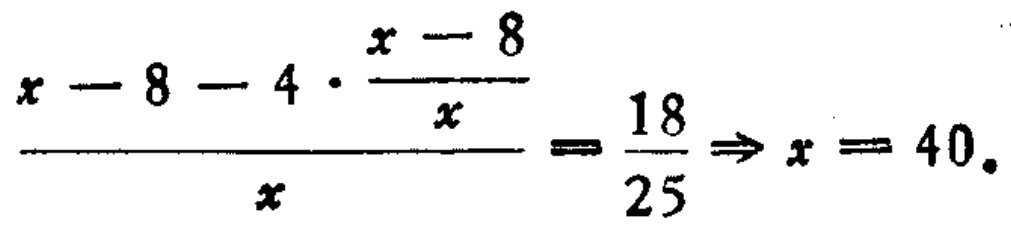
\(\frac{x - 8 - 4\cdot\frac{x - 8}{x}}{x}=\frac{18}{25}\Rightarrow x = 40\)